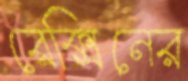
রেক্সিনের